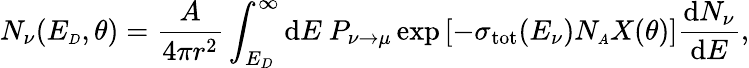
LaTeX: N_{\nu}(E_{\scriptscriptstyle D},\theta)={\frac{A}{4\pi r^{2}}}\int_{E_{\scriptscriptstyle D}}^{\infty}\mathrm{d}E~P_{\nu\rightarrow\mu}\exp\left[-\sigma_{\mathrm{tot}}(E_{\nu})N_{\scriptscriptstyle A}X(\theta)\right]{\frac{\mathrm{d}N_{\nu}}{\mathrm{d}E}},